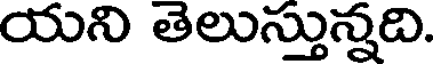
యని తెలుస్తున్నది.